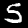
Digit: 5